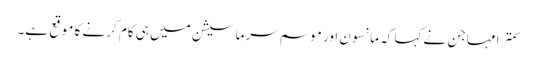
سمترا مہاجن نے کہا کہ مانسون اور موسم سرما سیشن میں ہی کام کرنے کا موقع ہے۔